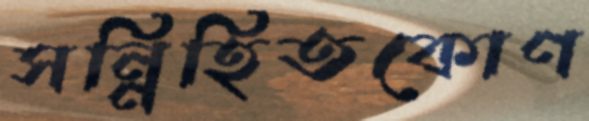
সন্নিহিতকোণ